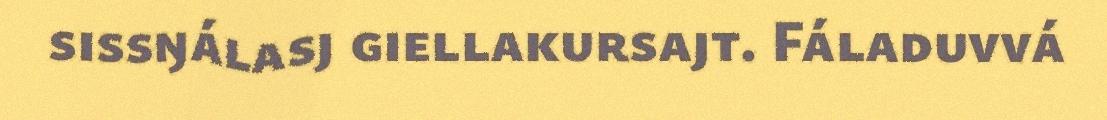
sissŋálasj giellakursajt. Fáladuvvá